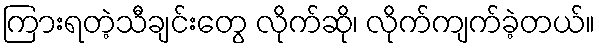
ကြားရတဲ့သီချင်းတွေ လိုက်ဆို၊ လိုက်ကျက်ခဲ့တယ်။